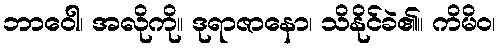
ဘာဝေါ၊ အလိုကို။ ဒုရာဇာနော၊ သိနိုင်ခဲ၏။ ကိမိဝ၊